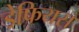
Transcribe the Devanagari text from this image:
ड्रेफियस